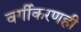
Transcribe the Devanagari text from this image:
वर्गीकरणही